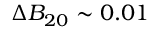
\Delta B _ { 2 0 } \sim 0 . 0 1